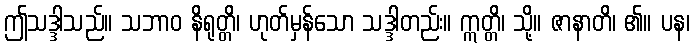
ဤသဒ္ဒါသည်။ သဘာဝ နိရုတ္တိ၊ ဟုတ်မှန်သော သဒ္ဒါတည်း။ ဣတ္တိ၊ သို့။ ဇာနာတိ၊ ၏။ ပန၊